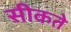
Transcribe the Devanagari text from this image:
सीकते